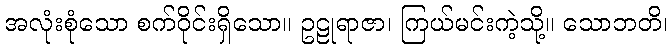
အလုံးစုံသော စက်ဝိုင်းရှိသော။ ဥဠုရာဇာ၊ ကြယ်မင်းကဲ့သို့။ သောဘတိ၊